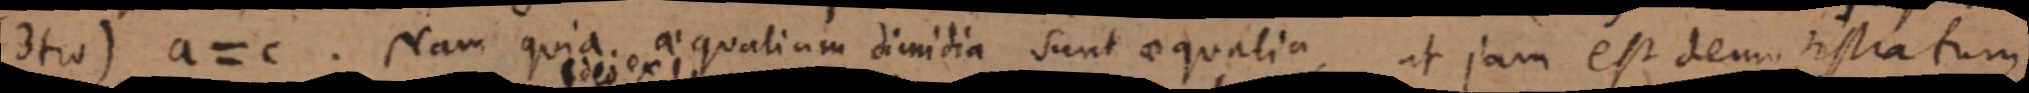
(3 tio) anc. Nam quia aequalium dimidia sunt aequalia, at jam est demo iustra tum